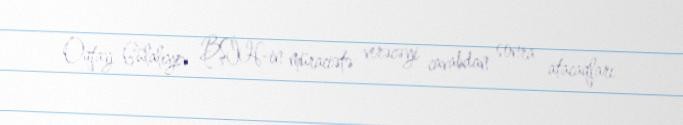
Oqtay Gülalıyev BŞİH-in müraciətə verəcəyi cavabdan sonra atacaqları